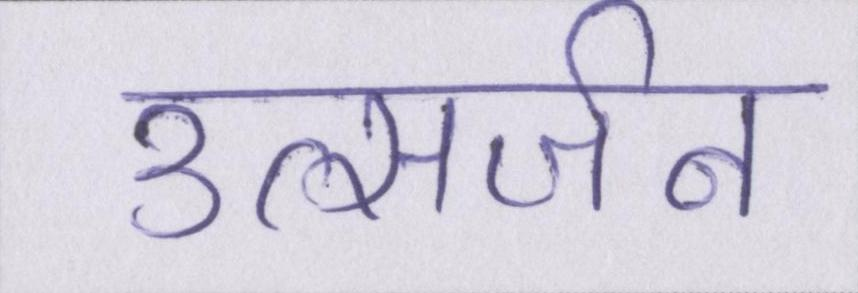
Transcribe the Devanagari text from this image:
उत्सर्जन